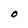
Character: O